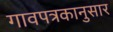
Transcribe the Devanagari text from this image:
गावपत्रकानुसार